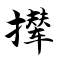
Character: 撵